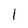
Character: I